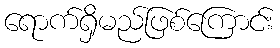
ရောက်ရှိမည်ဖြစ်ကြောင်း